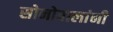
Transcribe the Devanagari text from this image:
सोनोवालांनी